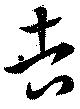
吉